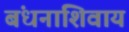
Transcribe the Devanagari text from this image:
बंधनांशिवाय